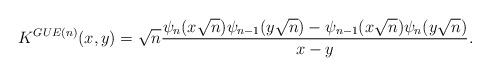
LaTeX: \begin{align*}&K^{GUE(n)}(x,y)=\sqrt{n}\frac{\psi_{n}(x\sqrt{n})\psi_{n-1}(y\sqrt{n})-\psi_{n-1}(x\sqrt{n})\psi_{n}(y\sqrt{n})}{x-y}.\end{align*}